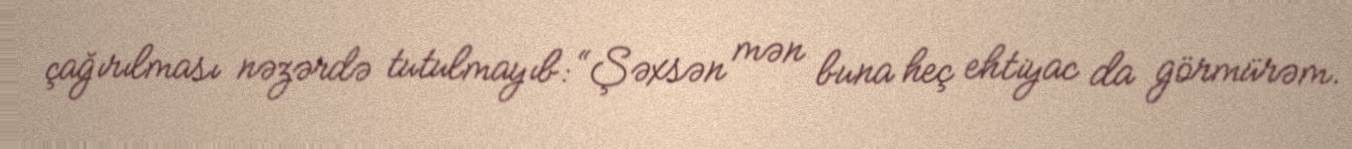
çağırılması nəzərdə tutulmayıb: “Şəxsən mən buna heç ehtiyac da görmürəm.